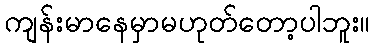
ကျန်းမာနေမှာမဟုတ်တော့ပါဘူး။